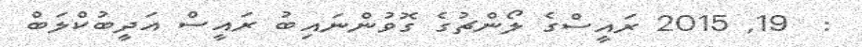
:  19